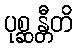
ပုစ္ဆန္တီတိ